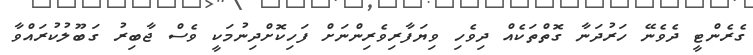
ގެރެންޓީ ދެވެނޭ ހަރުދަނާ ގޮތްތަކެއް ދިވެހި ވިޔަފާރިވެރިންނަށް ފަހިކޮށްދިނުމަކީ ވެސް ޖާބިރު ގަބޫލުކުރައްވާ